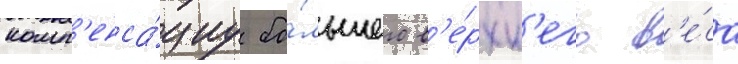
комп'енса́циу бо́льшего в'е́рхн'его в'е́са